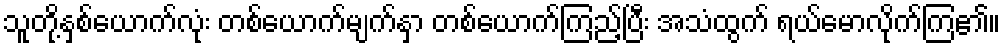
သူတို့နှစ်ယောက်လုံး တစ်ယောက်မျက်နှာ တစ်ယောက်ကြည့်ပြီး အသံထွက် ရယ်မောလိုက်ကြ၏။